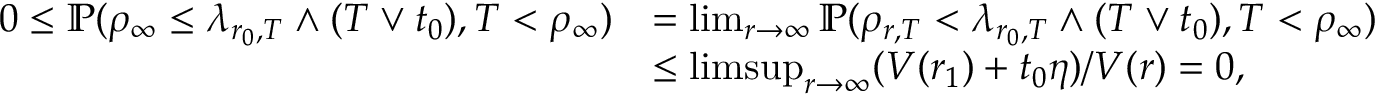
\begin{array} { r l } { 0 \leq \mathbb P ( \rho _ { \infty } \leq \lambda _ { r _ { 0 } , T } \wedge ( T \vee t _ { 0 } ) , T < \rho _ { \infty } ) } & { = \operatorname* { l i m } _ { r \to \infty } \mathbb P ( \rho _ { r , T } < \lambda _ { r _ { 0 } , T } \wedge ( T \vee t _ { 0 } ) , T < \rho _ { \infty } ) } \\ & { \leq \operatorname* { l i m s u p } _ { r \to \infty } ( V ( r _ { 1 } ) + t _ { 0 } \eta ) / V ( r ) = 0 , } \end{array}